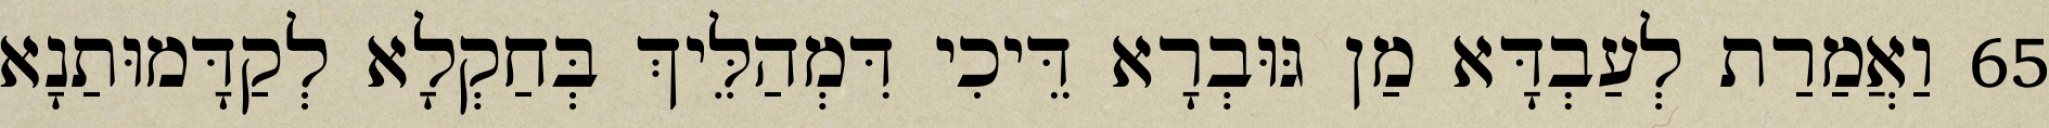
65 וַאֲמַרַת לְעַבְדָּא מַן גּוּבְרָא דֵּיכִי דִּמְהַלֵּיךְ בְּחַקְלָא לְקַדָּמוּתַנָא